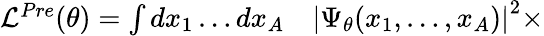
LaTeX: \begin{array}{rl}{\mathcal{L}^{Pre}(\theta)=\int dx_{1}\ldots dx_{A}}&{{}\left|\Psi_{\theta}(x_{1},\ldots,x_{A})\right|^{2}\times}\end{array}